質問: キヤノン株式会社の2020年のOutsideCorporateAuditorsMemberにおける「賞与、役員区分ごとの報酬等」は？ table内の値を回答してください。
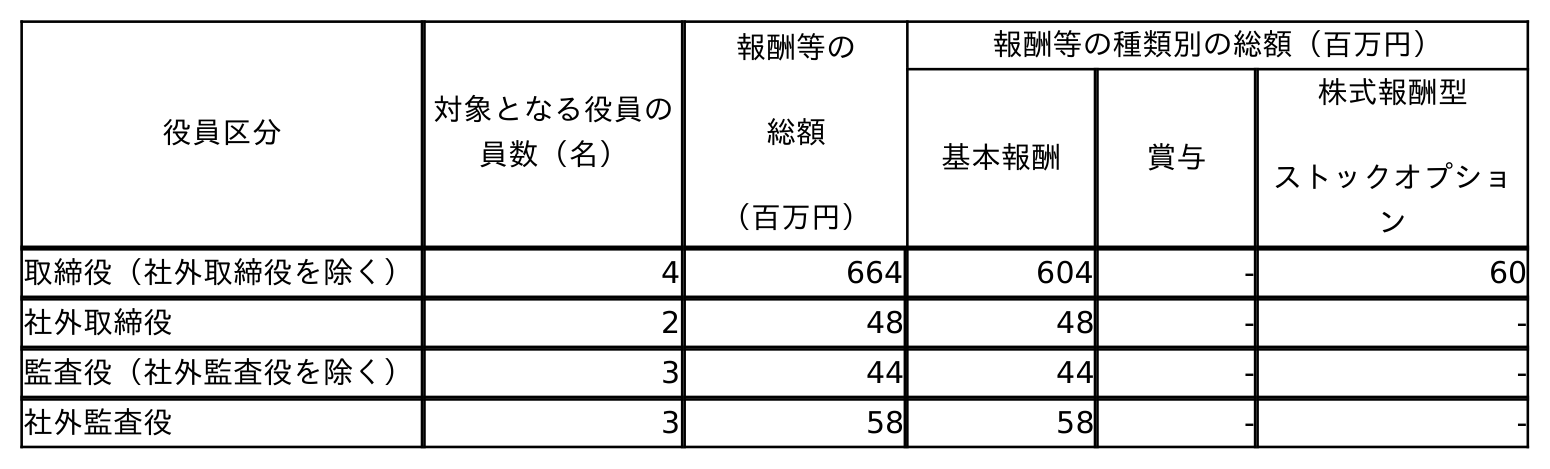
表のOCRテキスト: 役員区分 対象となる役員の 員数（名） 報酬等の 総額 （百万円） 報酬等の種類別の総額（百万円） 基本報酬 賞与 株式報酬型 ストックオプショ ン 取締役（社外取締役を除く） 4 664 604 - 60 社外取締役 2 48 48 - - 監査役（社外監査役を除く） 3 44 44 - - 社外監査役 3 58 58 - -
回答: -